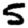
Digit: 5